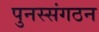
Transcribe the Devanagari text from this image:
पुनस्संगठन